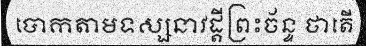
បោកតាមទស្សនាវដ្តីព្រះច័ន្ទ ថាតើ